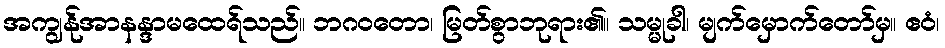
အကျွန်ုအာနန္ဒာမထေရ်သည်။ ဘဂဝတော၊ မြတ်စွာဘုရား၏။ သမ္မုခါ၊ မျက်မှောက်တော်မှ။ ဧဝံ၊